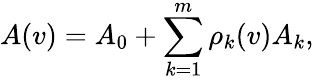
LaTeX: A(v)=A_{0}+\sum_{k=1}^{m}\rho_{k}(v)A_{k},